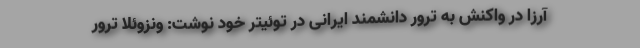
آرزا در واکنش به ترور دانشمند ایرانی در توئیتر خود نوشت: ونزوئلا ترور